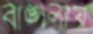
বাঙ্গলায়